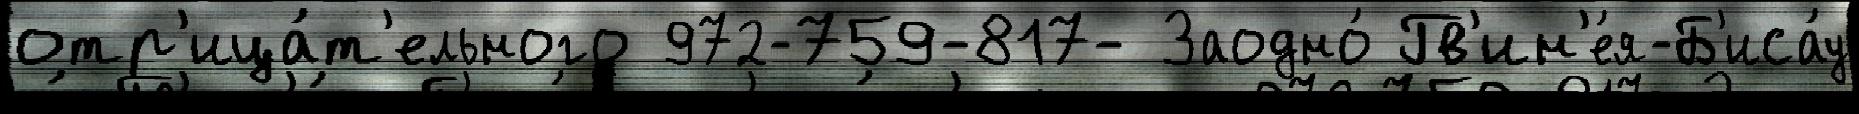
отр'ица́т'ельного 972-759-817- Заодно́ Гв'ин'е́я-Б'иса́у